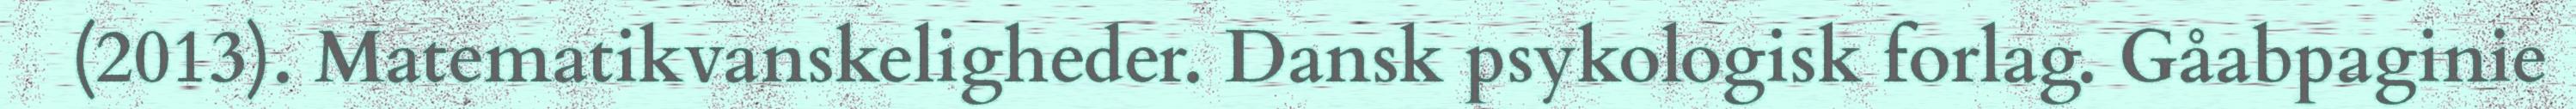
(2013). Matematikvanskeligheder. Dansk psykologisk forlag. Gåabpaginie